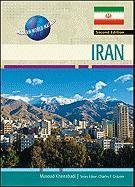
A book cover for Iran (Modern World Nations); Masoud Kheirabadi; Teen & Young Adult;